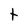
Character: t